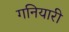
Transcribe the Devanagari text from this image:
गनियारी